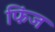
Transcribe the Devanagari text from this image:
फिंज